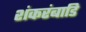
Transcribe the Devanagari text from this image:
शंकरंबाडि